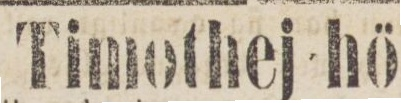
Timothej hö